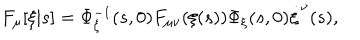
LaTeX: F _ { \mu } [ \xi | s ] = \Phi _ { \xi } ^ { - 1 } ( s , 0 ) F _ { \mu \nu } ( \xi ( s ) ) \Phi _ { \xi } ( s , 0 ) \dot { \xi } ^ { \nu } ( s ) ,